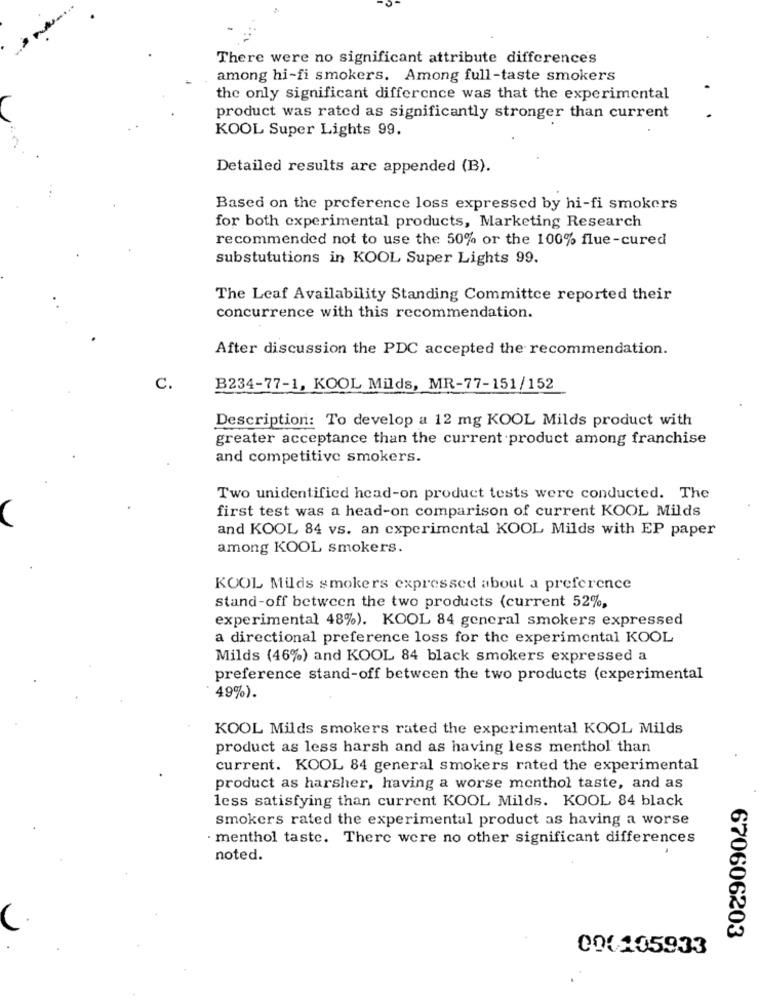
There were no significant attribute differences
among hi-fi smokers. Among full-taste smokers
the only significant difference was that the experimental
product was rated as significantly stronger than current
KOOL Super Lights 99.
Detailed results are appended (B).
Based on the preference loss expressed by hi-fi smokers
for both experimental products, Marketing Research
recommended not to use the 50% or the 100% flue-cured
substututions in KOOL Super Lights 99.
The Leaf Availability Standing Committee reported their
concurrence with this recommendation.
After discussion the PDC accepted the recommendation.
C.
B234-77-1, KOOL Milds, MR-77-151/152
Description: To develop a 12 mg KOOL Milds product with
greater acceptance than the current product among franchise
and competitive smokers.
Two unidentified head-on product tests were conducted. The
first test was a head-on comparison of current KOOL Milds
and KOOL 84 vs. an experimental KOOL Milds with EP paper
among KOOL smokers.
KOOL Milds smokers expressed about a preference
stand-off between the two products (current 52%,
experimental 48%). KOOL 84 general smokers expressed
a directional preference loss for the experimental KOOL
Milds (46%) and KOOL 84 black smokers expressed a
preference stand-off between the two products (experimental
49%).
KOOL Milds smokers rated the experimental KOOL Milds
product as less harsh and as having less menthol than
current. KOOL 84 general smokers rated the experimental
product as harsher, having a worse menthol taste, and as
less satisfying than current KOOL Milds. KOOL 84 black
smokers rated the experimental product as having a worse
· menthol taste. There were no other significant differences
noted.
670606203
000105933